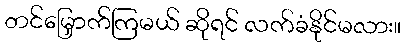
တင်မြှောက်ကြမယ် ဆိုရင် လက်ခံနိုင်မလား။